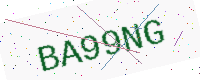
Text: BA99NG